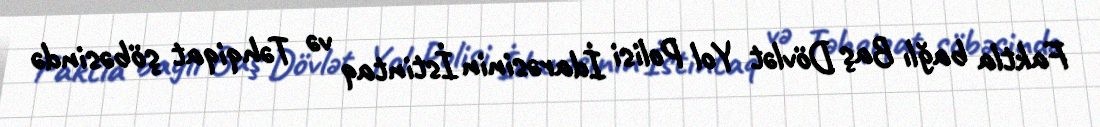
Faktla bağlı Baş Dövlət Yol Polisi İdarəsinin İstintaq və Təhqiqat şöbəsində